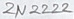
Text: 2N2222